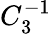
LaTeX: C_{3}^{-1}